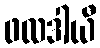
ဖလဒါယီ